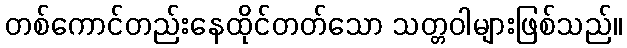
တစ်ကောင်တည်းနေထိုင်တတ်သော သတ္တဝါများဖြစ်သည်။